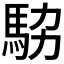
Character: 𩢊